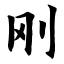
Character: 刚